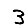
Digit: 3